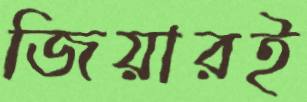
জিয়ারই